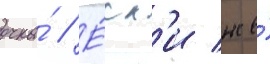
очка́ // Е́сл'и же́